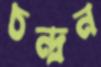
চন্দ্রন